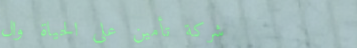
شركة تأمين على الحياة وال